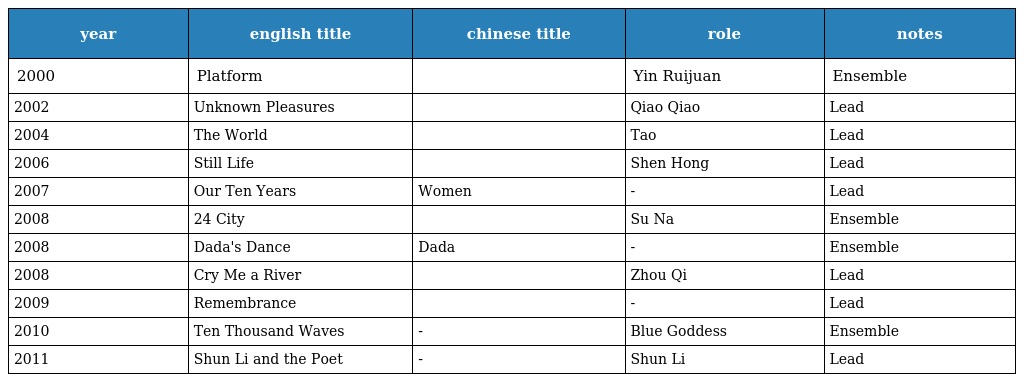
| year | english title | chinese title | role | notes |
 | --- | --- | --- | --- | --- |
 | 2000 | Platform | 站台 | Yin Ruijuan | Ensemble |
 | 2002 | Unknown Pleasures | 任逍遥 | Qiao Qiao | Lead |
 | 2004 | The World | 世界 | Tao | Lead |
 | 2006 | Still Life | 三峡好人 | Shen Hong | Lead |
 | 2007 | Our Ten Years | Women 德石年 | - | Lead |
 | 2008 | 24 City | 二十四城记 | Su Na | Ensemble |
 | 2008 | Dada's Dance | Dada | - | Ensemble |
 | 2008 | Cry Me a River | 河上的愛情 | Zhou Qi | Lead |
 | 2009 | Remembrance | 念石 | - | Lead |
 | 2010 | Ten Thousand Waves | - | Blue Goddess | Ensemble |
 | 2011 | Shun Li and the Poet | - | Shun Li | Lead |